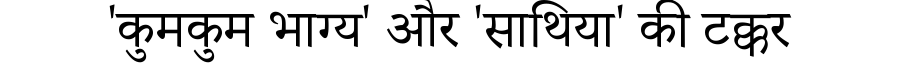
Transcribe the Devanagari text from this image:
'कुमकुम भाग्य' और 'साथिया' की टक्कर